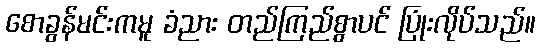
စောခွန်မင်းကမူ ခံညား တည်ကြည်စွာပင် ပြုံးလိုပ်သည်။